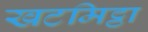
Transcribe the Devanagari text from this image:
खटमिट्ठा